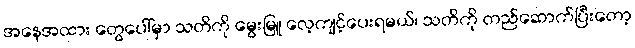
အနေအထား တွေပေါ်မှာ သတိကို မွေးမြူ လေ့ကျင့်ပေးရမယ်၊ သတိကို တည်ဆောက်ပြီးတော့